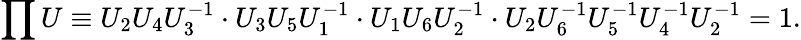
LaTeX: \prod U\equiv U_{2}U_{4}U_{3}^{-1}\cdot U_{3}U_{5}U_{1}^{-1}\cdot U_{1}U_{6}U_{2}^{-1}\cdot U_{2}U_{6}^{-1}U_{5}^{-1}U_{4}^{-1}U_{2}^{-1}=1.